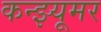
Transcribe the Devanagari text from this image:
कन्झ्यूमर